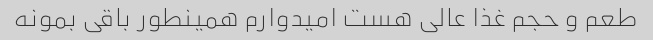
طعم و حجم غذا عالی هست امیدوارم همینطور باقی بمونه